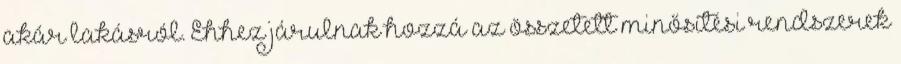
akár lakásról. Ehhez járulnak hozzá az összetett minősítési rendszerek